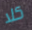
كلا